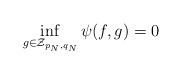
LaTeX: \begin{align*}\inf_{g \in \mathcal{Z}_{p_N,q_N}} \psi(f, g) = 0\end{align*}